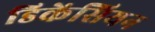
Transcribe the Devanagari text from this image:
डिकेंसियन